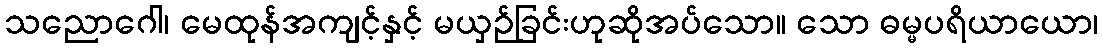
သညောဂေါ၊ မေထုန်အကျင့်နှင့် မယှဉ်ခြင်းဟုဆိုအပ်သော။ သော ဓမ္မပရိယာယော၊